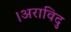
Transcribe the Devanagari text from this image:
।अराविदु